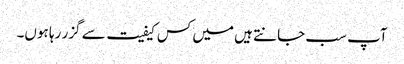
آپ سب جانتے ہیں میں کس کیفیت سے گزر رہا ہوں۔